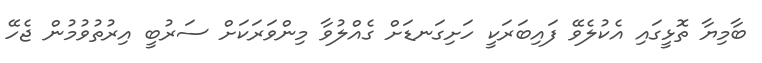
ބާމިޔާ ތޮޅީގައި އެކުލެވޭ ފައިބަރަކީ ހަށިގަނޑަށް ގެއްލުވާ މިންވަރަކަށް ސަރުބީ އިރުތުވުމުން ޖެހޭ